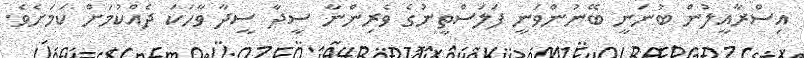
އިސްރާއީލުން ބުނަނީ ބޭނުންވަނީ ފަލަސްތީނުގެ ވެރިންނާ ސީދާ ސީދާ ވާހަކަ ދެއްކުމަށް ކަމަށެވެ.